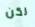
لكن